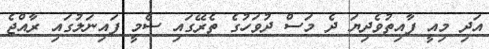
އަދި މިއީ ފާއިތުވެދިޔަ ދެ މަސް ދުވަހުގެ ތެރޭގައި ސެމީ ފައިނަލުގައި ރާއްޖެ